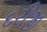
દરીજી